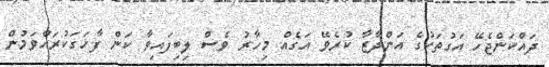
ދައްކަންޖެހޭ އަގުތަކުގެ އަންދާޒާ ކުރެވޭ އަގެއް މިހާރު ވެސް ލިބިފައިވާ ކަން ފާހަގަކުރައްވަމުން